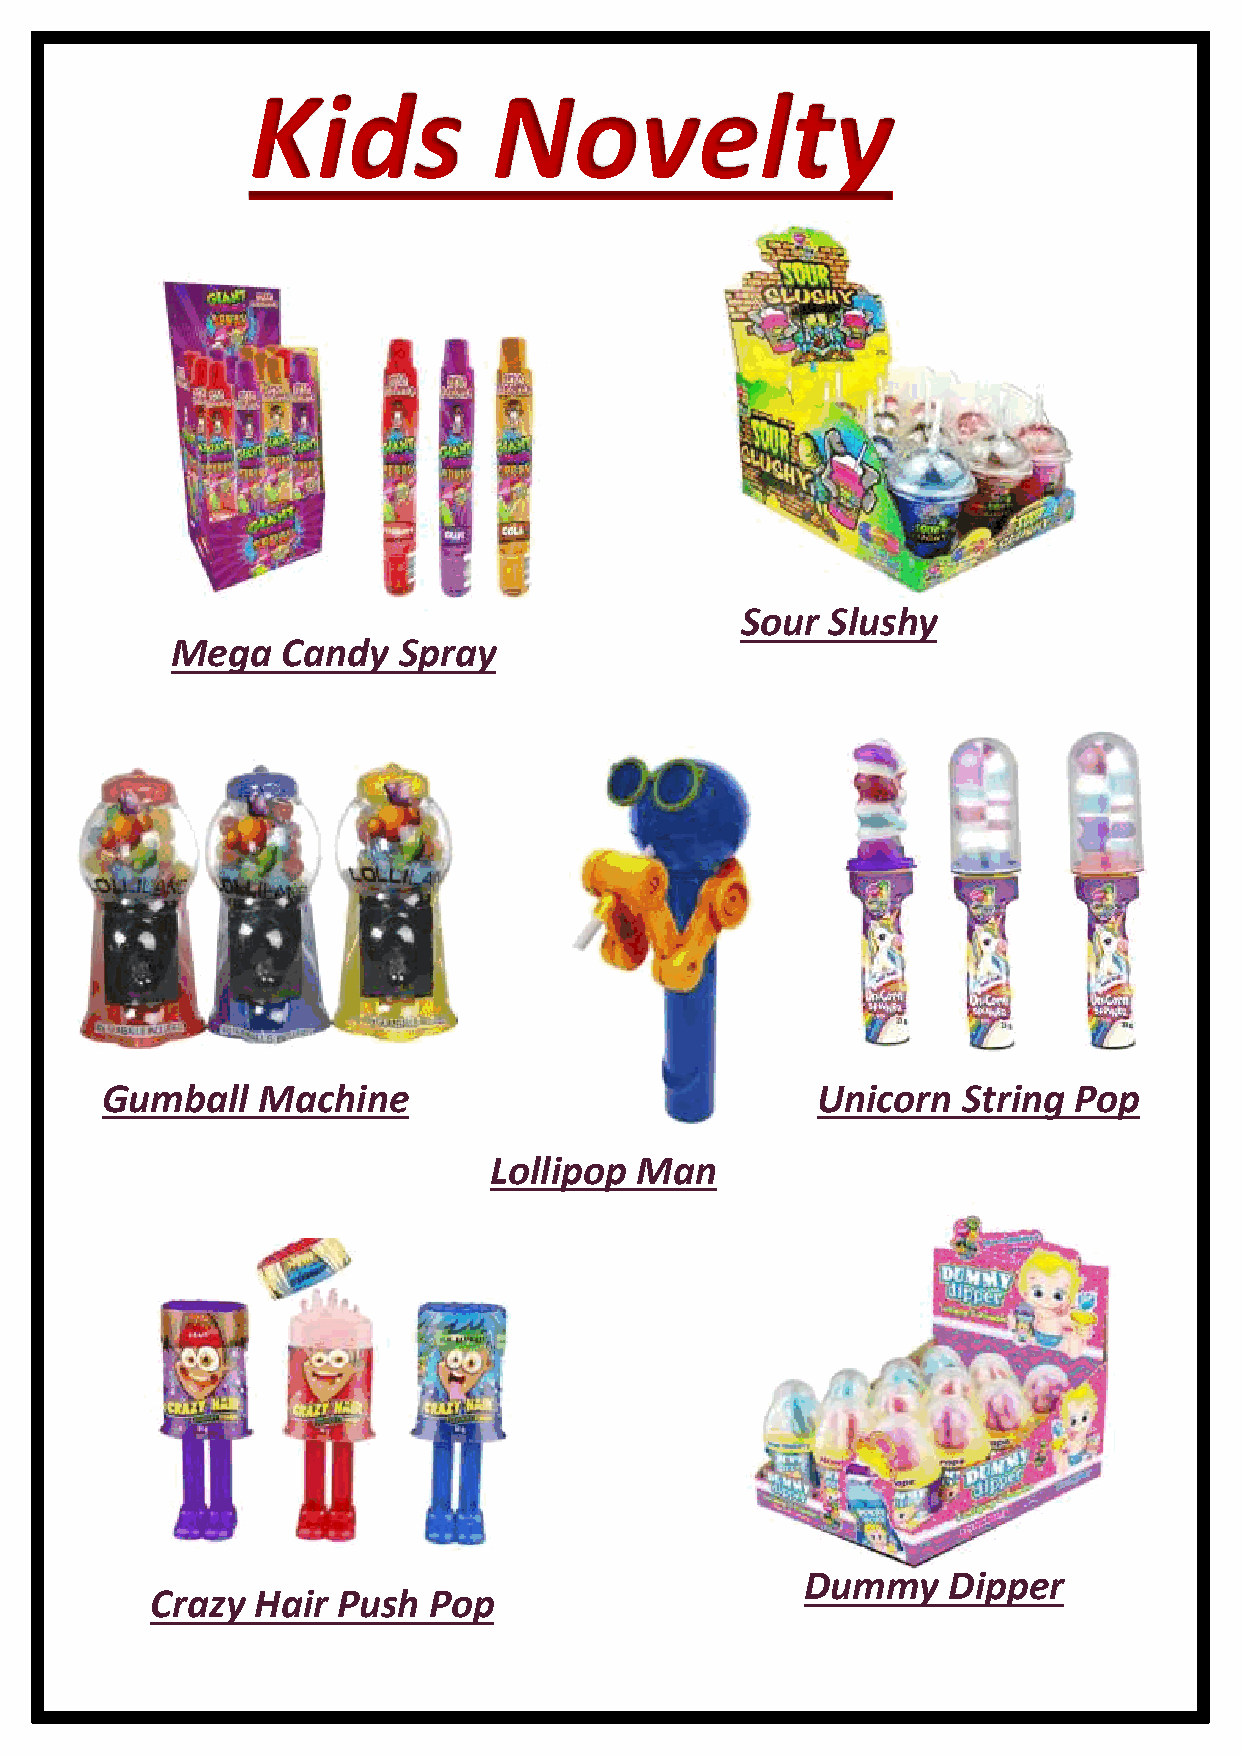
Kids             Novelty
 Sour  Slushy
 Mega    Candy  Spray
 Gumball   Machine                              Unicorn   String Pop
 Lollipop  Man
 Dummy     Dipper
 Crazy  Hair Push  Pop